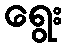
ရွေး